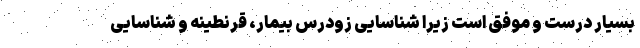
بسیار درست و موفق است زیرا شناسایی زودرس بیمار، قرنطینه و شناسایی